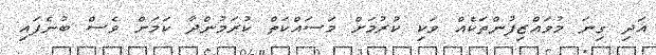
އަދި ގިނަ މުވައްޒިފުންތަކެއް ވަކި ކުރުމަށް މަސައްކަތް ކުރަމުންދާ ކަމަށް ވެސް ބުނެފައި